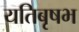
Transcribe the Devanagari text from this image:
यतिबृषभ